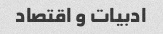
ادبیات و اقتصاد